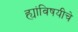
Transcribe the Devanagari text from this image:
ह्यांविषयीचे